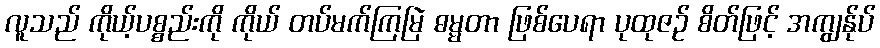
လူသည် ကိုယ့်ပစ္စည်းကို ကိုယ် တပ်မက်ကြမြဲ ဓမ္မတာ ဖြစ်ပေရာ ပုထုဇဉ် စိတ်ဖြင့် အကျွန်ုပ်